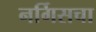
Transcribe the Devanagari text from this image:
नर्गिसचा